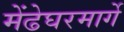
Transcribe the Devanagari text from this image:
मेंढेघरमार्गे